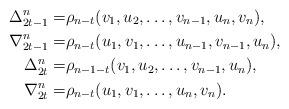
LaTeX: \begin{align*} \Delta^n_{2t-1}=& \rho_{n-t}(v_1,u_2,\ldots,v_{n-1},u_n,v_n), \\ \nabla^n_{2t-1}=& \rho_{n-t}(u_1,v_1,\ldots,u_{n-1},v_{n-1},u_n), \\ \Delta^n_{2t}=& \rho_{n-1-t}(v_1,u_2,\ldots,v_{n-1},u_n), \\ \nabla^n_{2t}=& \rho_{n-t}(u_1,v_1,\ldots,u_n,v_n). \end{align*}